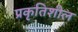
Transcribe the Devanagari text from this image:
प्रकृतिशील